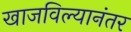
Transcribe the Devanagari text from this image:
खाजविल्यानंतर